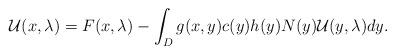
LaTeX: \begin{align*} \mathcal{U}(x, \lambda) = F(x, \lambda) -\int_{D}g(x,y) c(y) h(y) N(y)\mathcal{U}(y, \lambda)dy.\end{align*}